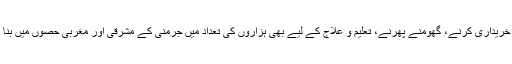
صرف محنت مزدوری ہی نہیں‘ لوگ خریداری کرنے، گھومنے پھرنے، تعلیم و علاج کے لیے بھی ہزاروں کی تعداد میں جرمنی کے مشرقی اور مغربی حصوں میں بنا کسی رکاوٹ کے آیا جایا کرتے تھے۔